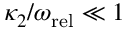
\kappa _ { 2 } / \omega _ { \mathrm { r e l } } \ll 1